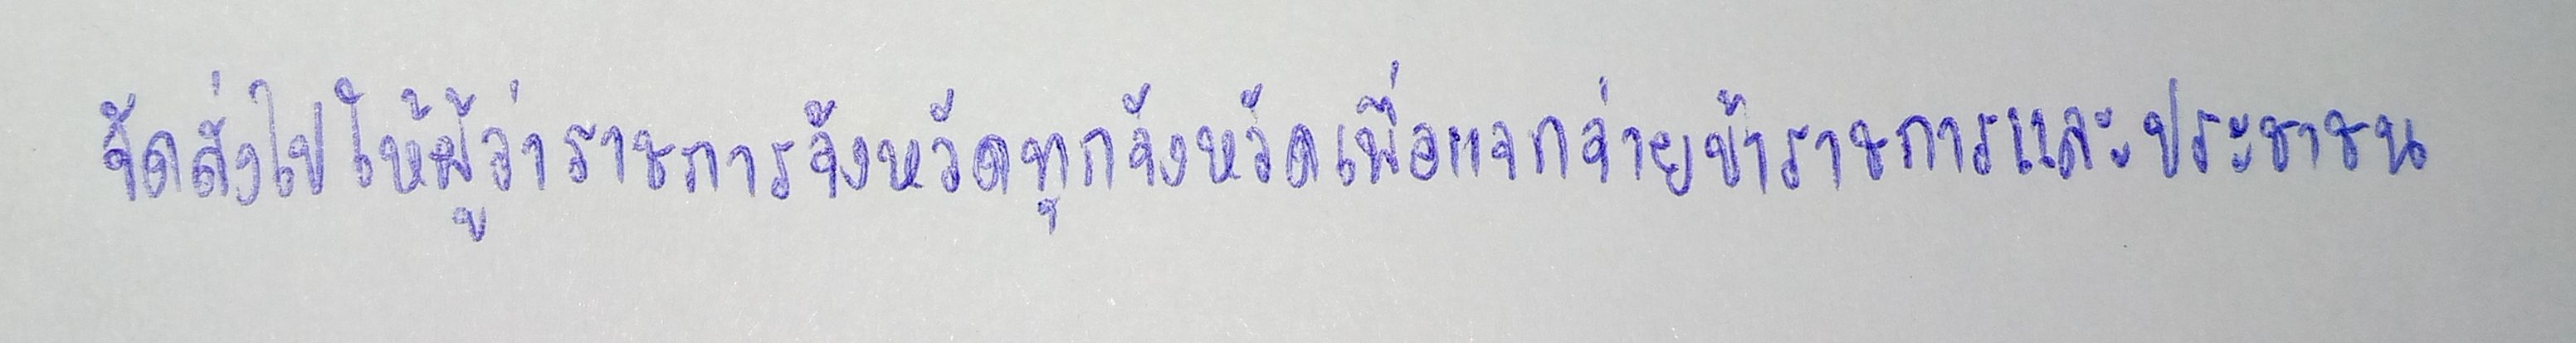
จัดส่งไปให้ผู้ว่าราชการจังหวัดทุกจังหวัดเพื่อแจกจ่ายข้าราชการและประชาชน